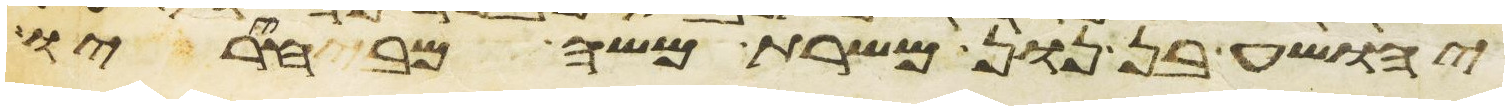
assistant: יהושע בן נון משרת משה מבחיריו